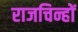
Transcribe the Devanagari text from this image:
राजचिन्हों